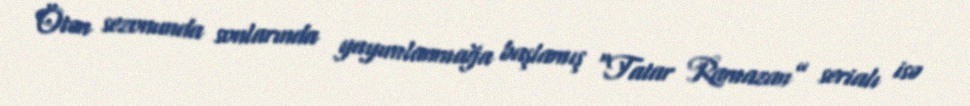
Ötən sezonunda sonlarında yayımlanmağa başlamış “Tatar Ramazan” serialı isə